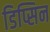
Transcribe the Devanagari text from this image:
डिप्सिन